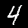
Digit: 4